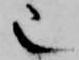
也